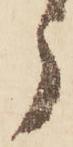
う